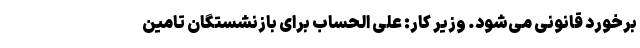
برخورد قانونی می‌شود. وزیر کار: علی الحساب برای بازنشستگان تامین